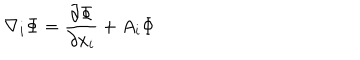
LaTeX: \nabla _ { i } { \Phi } = \frac { \partial \Phi } { \partial x _ { i } } + A _ { i } \Phi